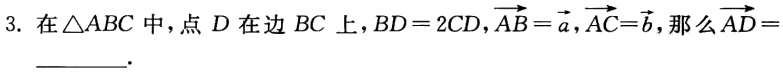
3. 在$\triangle ABC$中，点$D$在边$BC$上，$BD = 2CD$，$\overrightarrow{AB}=\vec{a}$，$\overrightarrow{AC}=\vec{b}$，那么$\overrightarrow{AD}=$___.